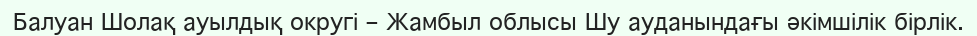
Балуан Шолақ ауылдық округі – Жамбыл облысы Шу ауданындағы әкімшілік бірлік.